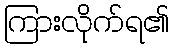
ကြားလိုက်ရ၏